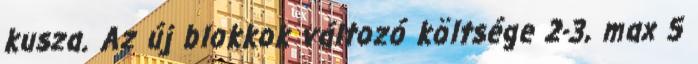
kusza. Az új blokkok változó költsége 2-3, max 5